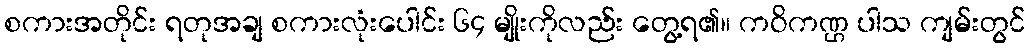
စကားအတိုင်း ရတုအချ စကားလုံးပေါင်း ၆၄ မျိုးကိုလည်း တွေ့ရ၏။ ကဝိကဏ္ဌ ပါသ ကျမ်းတွင်